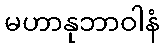
မဟာနုဘာဝါနံ